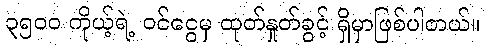
၃၅၀၀ ကိုယ့်ရဲ့ ဝင်ငွေမှ ထုတ်နှုတ်ခွင့် ရှိမှာဖြစ်ပါတယ်။